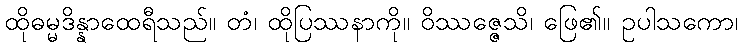
ထိုဓမ္မဒိန္နာထေရီသည်။ တံ၊ ထိုပြဿနာကို။ ဝိဿဇ္ဇေသိ၊ ဖြေ၏။ ဥပါသကော၊